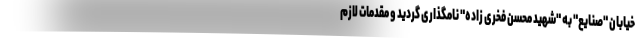
خیابان "صنایع" به "شهید محسن فخری زاده" نامگذاری گردید و مقدمات لازم